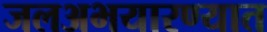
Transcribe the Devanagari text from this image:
जलअभयारण्यात